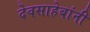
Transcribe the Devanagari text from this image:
देवसाहेबांनी